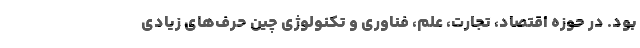
بود. در حوزه اقتصاد، تجارت، علم، فناوری و تکنولوژی چین حرف‌های زیادی